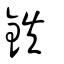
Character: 鉄